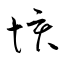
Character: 垓